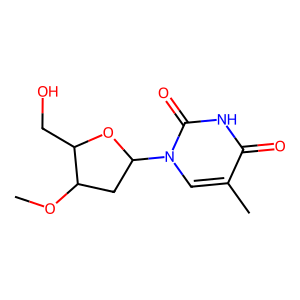
SMILES: COC1CC(n2cc(C)c(=O)[nH]c2=O)OC1CO
Inhibits HIV replication: No